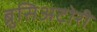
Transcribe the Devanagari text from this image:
ब्रुसिअटोरी